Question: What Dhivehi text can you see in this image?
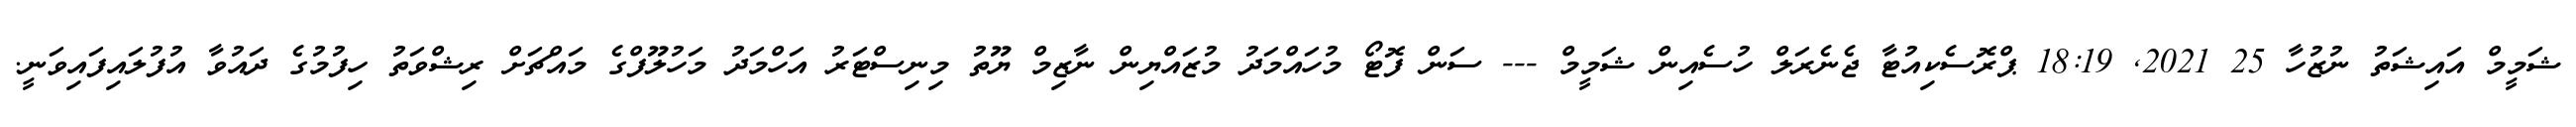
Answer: ޝަމީމް އައިޝަތު ނުޒުހާ 25 2021, 18:19 ޕްރޮސެކިއުޓާ ޖެނެރަލް ހުސެއިން ޝަމީމް --- ސަން ފޮޓޯ މުހައްމަދު މުޒައްޔިން ނާޒިމް ޔޫތު މިނިސްޓަރު އަހްމަދު މަހުލޫފްގެ މައްޗަށް ރިޝްވަތު ހިފުމުގެ ދައުވާ އުފުލައިފައިވަނީ.